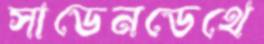
সাডেনডেথে